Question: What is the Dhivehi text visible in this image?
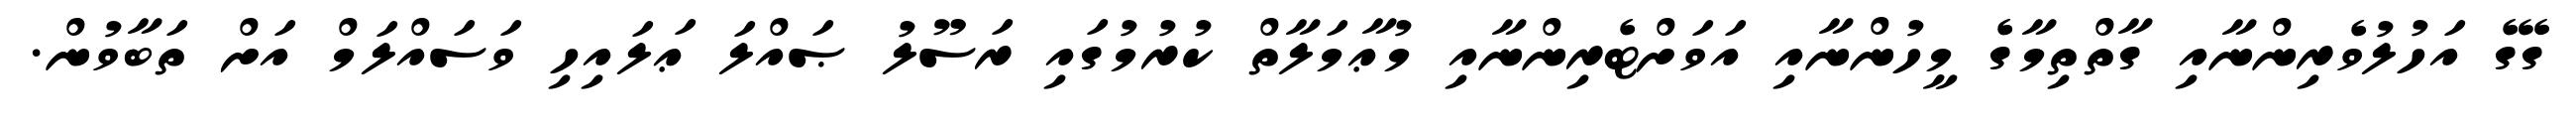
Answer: ގޭގެ އަހުލުވެރިންނާއި ގާތްތިމާގެ މީހުންނާއި އަވަށްޓެރިންނާއި މުޢާމަލާތް ކުރުމުގައި ރަސޫލު ޞައްލަ ޢަލައިހި ވަސައްލަމް އަށް ތަބާވުން.